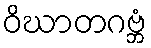
ဝိဃာတဂဗ္ဘံ